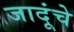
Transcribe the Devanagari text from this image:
जादूंचे